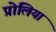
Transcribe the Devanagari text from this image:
प्रोलिया